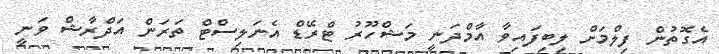
އެގޮތުން ފިލްމަށް ލިބިފައިވާ އާމްދަނީ މަޝްހޫރު ޓްރޭޑް އެނަލިސްޓް ތަރަން އަދްރާޝް ވަނީ